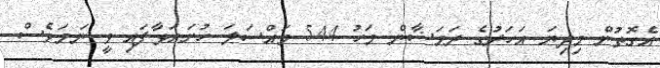
އެގޮތުން މިދިޔަ އަހަރުގެ ރަމަޟާން މަހު 544 މައްސަލަ ހުށައަޅާފައި ވީ ނަމަވެސް